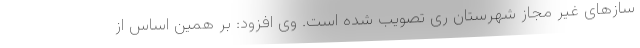
سازهای غیر مجاز شهرستان ری تصویب شده است. وی افزود: بر همین اساس از